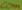
Text: com